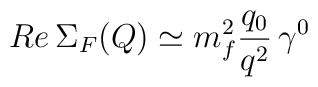
Re \, \Sigma_F (Q) \simeq m_f^2 \frac{q_0}{q^2} \, \gamma^0